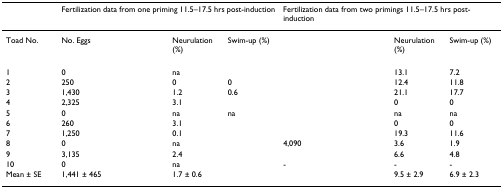
<table><thead><tr><td>[EMPTY_CELL]</td><td colspan="4"><b>Fertilization data from one priming 11.5–17.5 hrs post-induction</b></td><td colspan="4"><b>Fertilization data from two primings 11.5–17.5 hrs post-induction</b></td></tr></thead><tbody><tr><td>Toad No.</td><td>No. Eggs</td><td>[EMPTY_CELL]</td><td>Neurulation (%)</td><td>Swim-up (%)</td><td>[EMPTY_CELL]</td><td>[EMPTY_CELL]</td><td>Neurulation (%)</td><td>Swim-up (%)</td></tr><tr><td>1</td><td>0</td><td>[EMPTY_CELL]</td><td>na</td><td>[EMPTY_CELL]</td><td>[EMPTY_CELL]</td><td>[EMPTY_CELL]</td><td>13.1</td><td>7.2</td></tr><tr><td>2</td><td>250</td><td>[EMPTY_CELL]</td><td>0</td><td>0</td><td>[EMPTY_CELL]</td><td>[EMPTY_CELL]</td><td>12.4</td><td>11.8</td></tr><tr><td>3</td><td>1,430</td><td>[EMPTY_CELL]</td><td>1.2</td><td>0.6</td><td>[EMPTY_CELL]</td><td>[EMPTY_CELL]</td><td>21.1</td><td>17.7</td></tr><tr><td>4</td><td>2,325</td><td>[EMPTY_CELL]</td><td>3.1</td><td>[EMPTY_CELL]</td><td>[EMPTY_CELL]</td><td>[EMPTY_CELL]</td><td>0</td><td>0</td></tr><tr><td>5</td><td>0</td><td>[EMPTY_CELL]</td><td>na</td><td>na</td><td>[EMPTY_CELL]</td><td>[EMPTY_CELL]</td><td>na</td><td>na</td></tr><tr><td>6</td><td>260</td><td>[EMPTY_CELL]</td><td>3.1</td><td>[EMPTY_CELL]</td><td>[EMPTY_CELL]</td><td>[EMPTY_CELL]</td><td>0</td><td>0</td></tr><tr><td>7</td><td>1,250</td><td>[EMPTY_CELL]</td><td>0.1</td><td>[EMPTY_CELL]</td><td>[EMPTY_CELL]</td><td>[EMPTY_CELL]</td><td>19.3</td><td>11.6</td></tr><tr><td>8</td><td>0</td><td>[EMPTY_CELL]</td><td>na</td><td>[EMPTY_CELL]</td><td>4,090</td><td>[EMPTY_CELL]</td><td>3.6</td><td>1.9</td></tr><tr><td>9</td><td>3,135</td><td>[EMPTY_CELL]</td><td>2.4</td><td>[EMPTY_CELL]</td><td>[EMPTY_CELL]</td><td>[EMPTY_CELL]</td><td>6.6</td><td>4.8</td></tr><tr><td>10</td><td>0</td><td>[EMPTY_CELL]</td><td>na</td><td>[EMPTY_CELL]</td><td>-</td><td>[EMPTY_CELL]</td><td>-</td><td>-</td></tr><tr><td>Mean ± SE</td><td>1,441 ± 465</td><td>[EMPTY_CELL]</td><td>1.7 ± 0.6</td><td>[EMPTY_CELL]</td><td>[EMPTY_CELL]</td><td>[EMPTY_CELL]</td><td>9.5 ± 2.9</td><td>6.9 ± 2.3</td></tr></tbody></table>